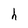
Character: h